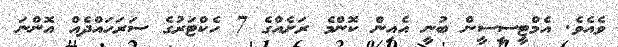
ވެއެވެ. އެމްޓީސީސީން ބުނީ އެއިން ކޮންމެ ރަށެއްގެ 7 ހެކްޓަރުގެ ސަރަހައްދެއް އޮންނަ